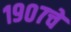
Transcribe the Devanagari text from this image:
१९०७चे